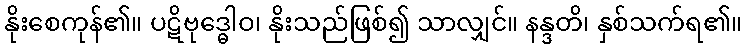
နိုးစေကုန်၏။ ပဋိဗုဒ္ဓေါဝ၊ နိုးသည်ဖြစ်၍ သာလျှင်။ နန္ဒတိ၊ နှစ်သက်ရ၏။